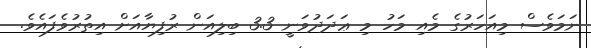
ނަމަވެސް މިއަހަރުގެ މެއި މަހު މި ޢަދަދުވަނީ 3.3 ބިލިއަން ރުފިޔާއަށް އިތުރުވެފައެވެ.